Vaccination Hyderabad 1872-1889 - 1872-1889
Year: 1872
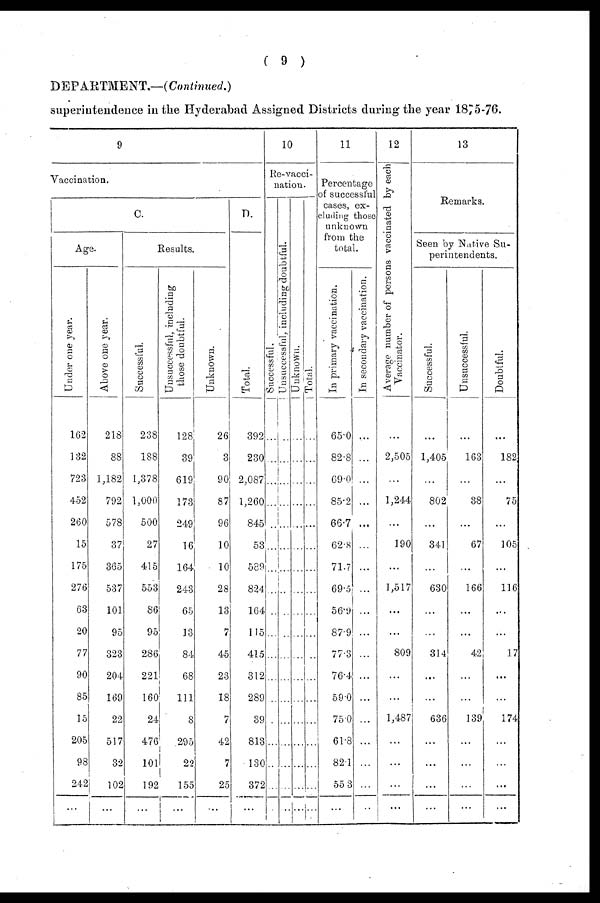
( 9 )
DEPARTMENT.—(Continued.)
superintendence in the Hyderabad Assigned Districts during the year 1875-76.
9
Vaccination.
C.
Age.
Under one year.
162
132
723
452
260
15
175
276
63
20
77
90
85
15
205
98
242
...
Above one year.
218
88
1,182
792
578
37
365
537
101
95
323
204
169
22
517
32
102
...
Results.
Successful.
238
188
1,378
1,000
500
27
415
553
86
95
286
221
160
24
476
101
192
...
Unsuccessful, including
those doubtful.
128
39
619
173
249
16
164
243
65
13
84
68
111
8
295
22
155
...
Unknown.
26
3
90
87
96
10
10
28
13
7
45
23
18
7
42
7
25
...
D.
Total.
392
230
2,087
1,260
845
53
589
824
164
115
415
312
289
39
813
130
372
...
10
Re-vacci¬
nation.
Successful.
...
...
...
...
...
...
...
...
...
...
...
...
...
...
...
...
...
...
Unsuccessful, including doubtful.
...
...
...
...
...
...
...
...
...
...
...
...
...
...
...
Unknown.
...
...
...
...
...
...
...
...
...
...
...
...
...
...
...
...
...
...
Total.
...
...
...
...
...
...
...
...
...
...
...
...
...
...
...
...
...
...
11
Percentage
of successful
cases, ex-
cluding those
unknown
from the
total.
In primary vaccination.
65.0
82.8
69.0
85.2
66.7
62.8
71.7
69.5
56.9
87.9
77.3
76.4
59.0
75.0
61.8
82.1
55.3
...
In secondary vaccination.
...
...
...
...
...
...
...
...
...
...
...
...
...
...
...
...
...
...
12
Average number of persons vaccinated by each
Vaccinator.
...
2,505
...
1,244
...
190
...
1,517
...
...
809
...
...
1,487
...
...
...
...
13
Remarks.
Seen by Native Su-
perintendents.
Successful.
...
1,405
...
802
...
341
...
630
...
...
314
...
...
636
...
...
...
...
Unsuccessful.
...
163
...
38
...
67
...
166
...
...
42
...
...
139
...
...
...
...
Doubtful.
...
182
...
75
...
105
...
116
...
...
17
...
...
174
...
...
...
...